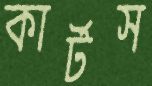
কার্টস